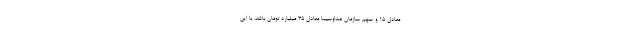
معادل ۱۵ و سهم سازمان صداوسیما معادل ۳۵ میلیارد تومان باشد، با این